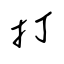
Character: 打